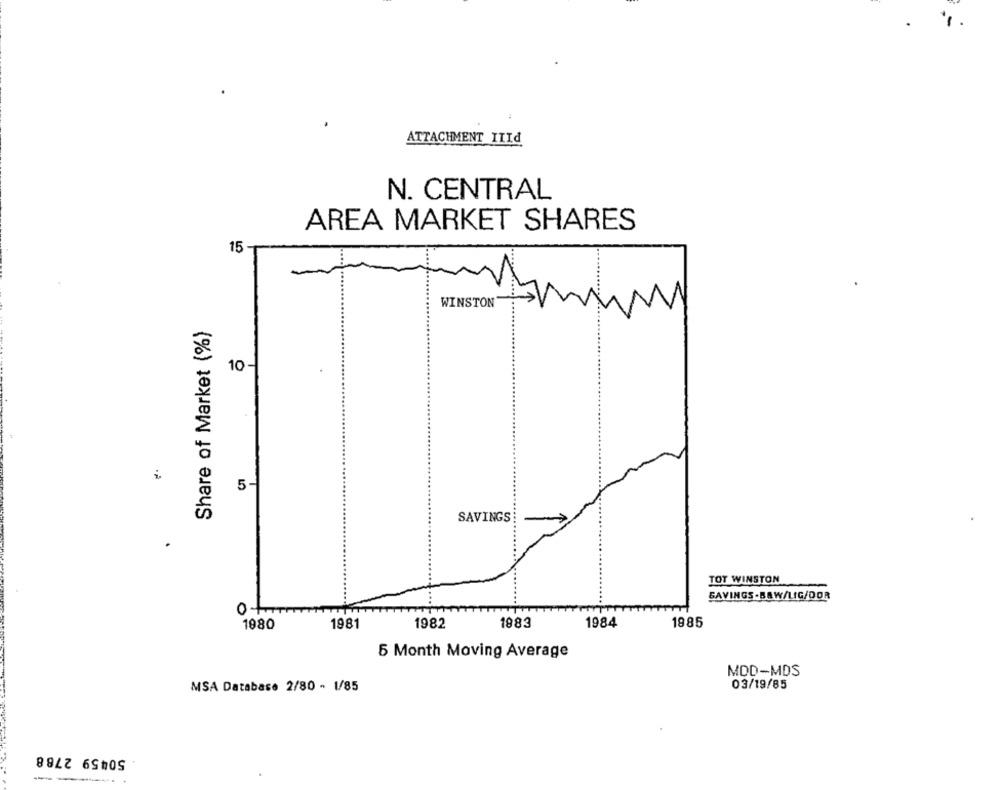
ATTACHMENT IIId
N. CENTRAL
AREA MARKET SHARES
15 -
WINSTON
Share of Market (%)
10 -
.
5
SAVINGS
TOT WINSTON
SAVINGS -BAW/LIG/DOR
...
0+
1980
1981
1982
1983
1984
1985
5 Month Moving Average
MOD-MDS
MSA Database 2/80 - 1/85
03/19/85
50459 2788
-